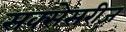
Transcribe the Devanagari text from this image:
सक्सेसरीज़